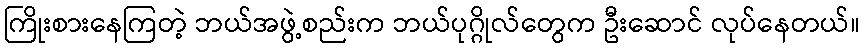
ကြိုးစားနေကြတဲ့ ဘယ်အဖွဲ့စည်းက ဘယ်ပုဂ္ဂိုလ်တွေက ဦးဆောင် လုပ်နေတယ်။